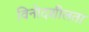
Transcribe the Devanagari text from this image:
विनोदशीलता